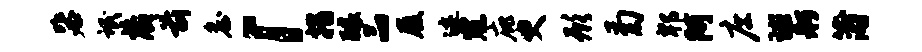
毖氓藏前詹「措醵品履迹寇庇臾形菊郫阿庄球舸蒲